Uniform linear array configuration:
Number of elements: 8
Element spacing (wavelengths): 0.25
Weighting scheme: kaiser
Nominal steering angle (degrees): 45
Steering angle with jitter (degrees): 43.604
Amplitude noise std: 0.05
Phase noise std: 0.05

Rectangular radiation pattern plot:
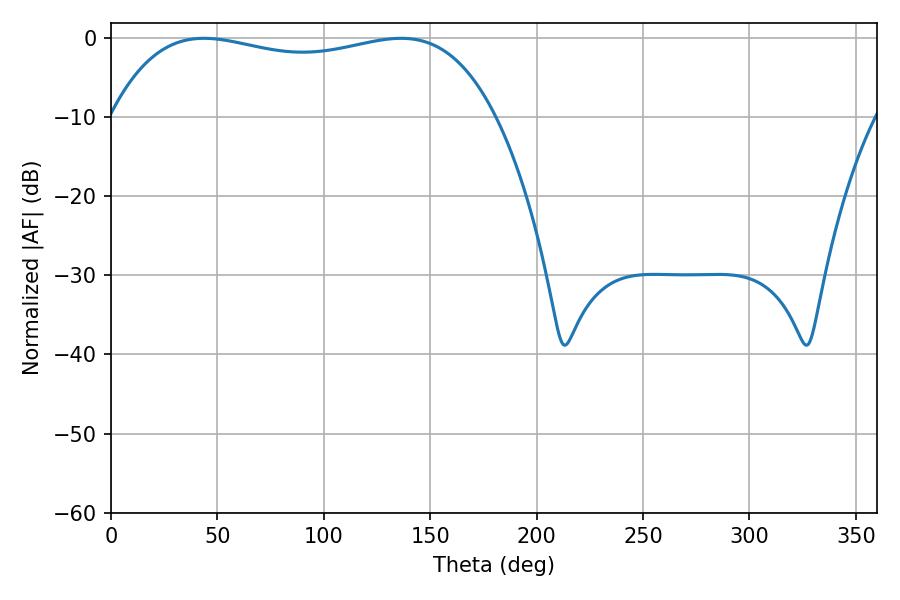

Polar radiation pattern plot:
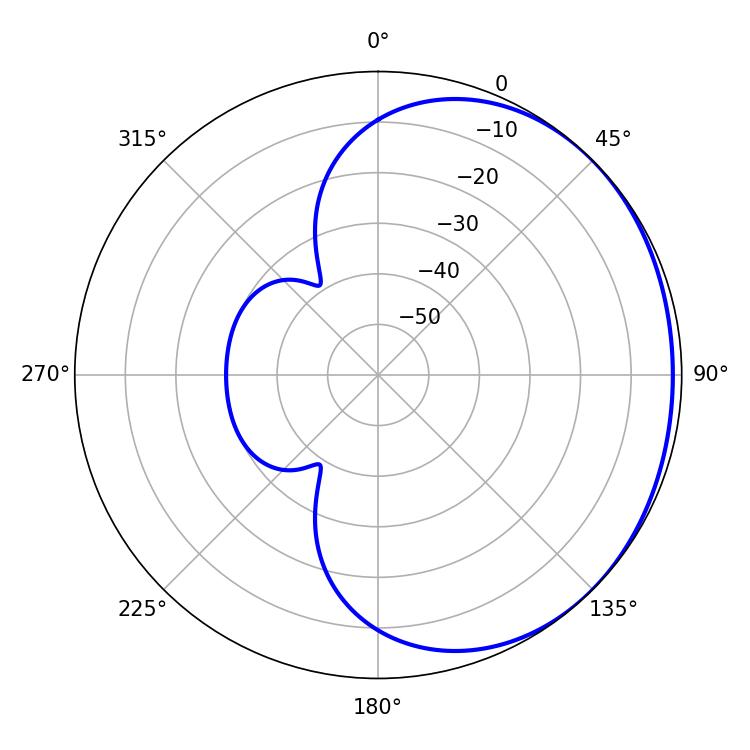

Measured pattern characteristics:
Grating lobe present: FALSE
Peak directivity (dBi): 0.9887
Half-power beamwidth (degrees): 146.16
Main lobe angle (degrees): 43.74